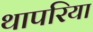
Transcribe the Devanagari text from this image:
थापरिया